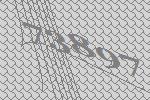
73897